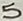
Text: 5